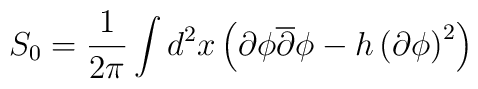
S_0=\frac{1}{2\pi}\int d^2x\left(\partial\phi \overline{\partial}\phi -h \left(\partial \phi \right)^2 \right)